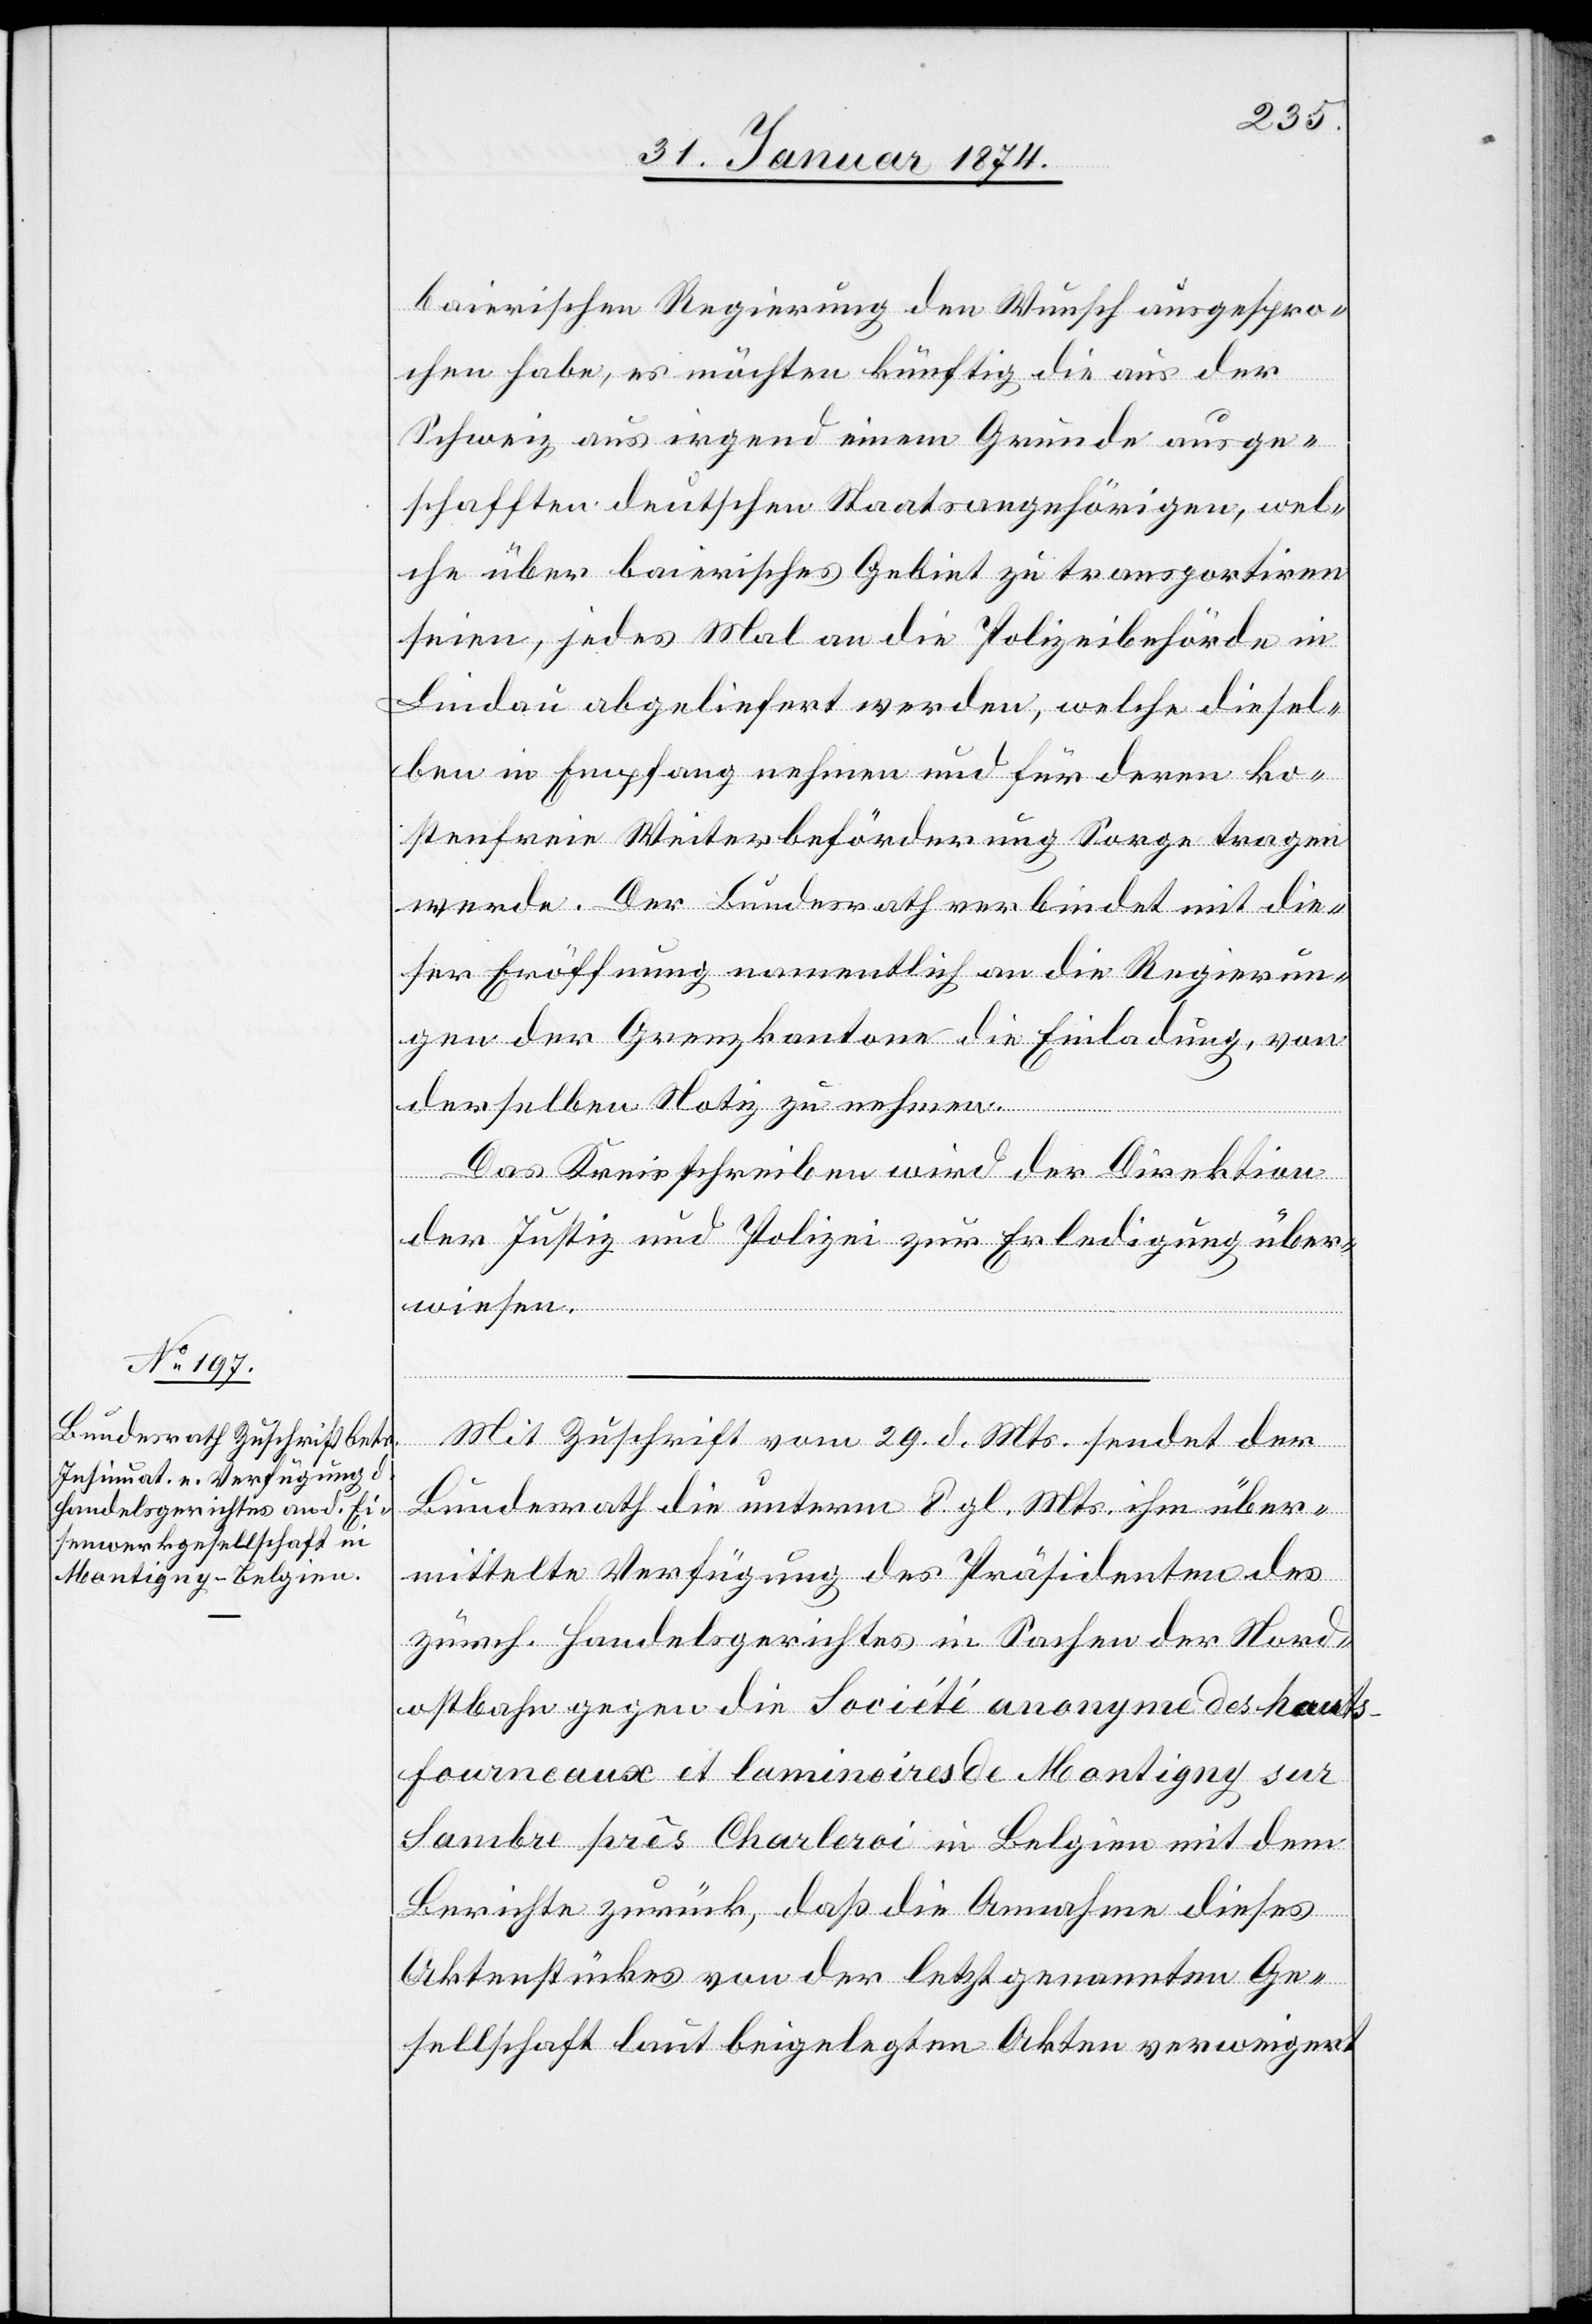
31. Januar 1874]
baierischen Regierung den Wunsch ausgespro¬
chen habe, es möchten künftig die aus der
Schweiz aus irgend einem Grunde ausge¬
schafften deutschen Staatsangehörigen, wel¬
che über baierisches Gebiet zu transportiren
seien, jedes Mal an die Polizeibehörde in
Lindau abgeliefert werden, welche diesel¬
ben in Empfang nehmen und für deren ko¬
stenfreie Weiterbeförderung Sorge tragen
werde. Der Bundesrath verbindet mit die¬
ser Eröffnung namentlich an die Regierun¬
gen der Grenzkantone die Einladung, von
derselben Notiz zu nehmen.
Das Kreisschreiben wird der Direktion
der Justiz und Polizei zur Erledigung über¬
wiesen.
Mit Zuschrift vom 29. d. Mts. sendet der
Bundesrath die unterm 8. gl. Mts. ihm über¬
mittelte Verfügung des Präsidenten des
zürch. Handelsgerichtes in Sachen der Nord¬
ostbahn gegen die Société anonyme des hauts¬
fourneaux et laminoires de Montigny sur
Sambre prês Charleroi in Belgien mit dem
Berichte zurück, daß die Annahme dieses
Aktenstückes von der letztgenannten Ge¬
sellschaft laut beigelegten Akten verweigert